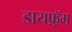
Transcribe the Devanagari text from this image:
डायफ़्रॅम